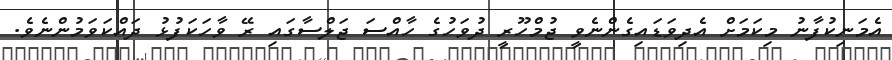
އެމަނިކުފާނު މިކަމަށް އެދިވަޑައިގެންނެވީ ޖުމްހޫރީ ދުވަހުގެ ހާއްސަ ޖަލްސާގައި ރޭ ވާހަކަފުޅު ދައްކަވަމުންނެވެ.